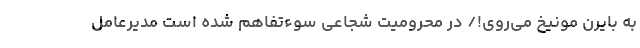
به بایرن مونیخ می‌روی!/ در محرومیت شجاعی سوءتفاهم شده است مدیرعامل